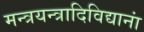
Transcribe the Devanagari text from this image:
मन्त्रयन्त्रादिविद्यानां